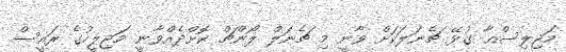
މަޖިލިސްއާ ގުޅޭ ޗެނަލަކަށް ވާނީ މި ޗެނަލް ލޯންޗް ކޮށްދެއްވާނީ މަޖިލީހުގެ ރައީސް